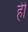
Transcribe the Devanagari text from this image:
हेेो